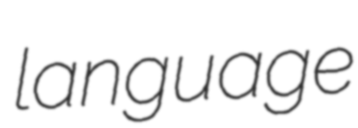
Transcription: language